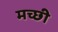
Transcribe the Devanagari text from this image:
मच्छी